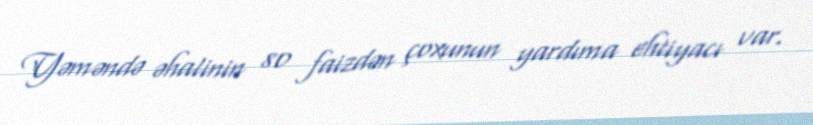
Yəməndə əhalinin 80 faizdən çoxunun yardıma ehtiyacı var.